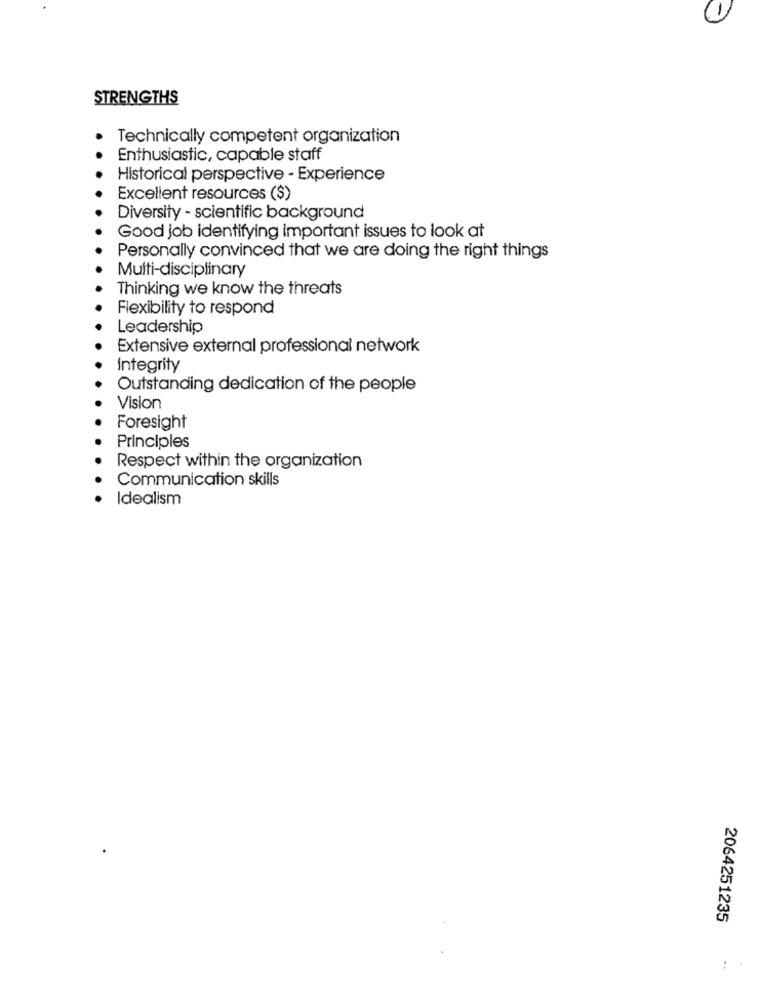
1
STRENGTHS
Technically competent organization
Enthusiastic, capable staff
Historical perspective - Experience
Excellent resources ($)
Diversity - scientific background
Good job identifying important issues to look at
Personally convinced that we are doing the right things
Multi-disciplinary
Thinking we know the threats
Flexibility to respond
Leadership
Extensive external professional network
Integrity
Outstanding dedication of the people
Vision
Foresight
Principles
Respect within the organization
Communication skills
Idealism
2064251235
: .